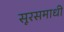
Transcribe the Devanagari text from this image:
सूरसमाधी